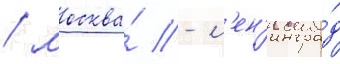
/ москва́ - л'ен'ингра́д